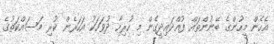
އެހެން މީހުންގެ ބޭނުންތައް ފުއްދައިދީގެން މި ހުރިހާ ދުވަހަކު އަހަރެން ކުރި މަސައްކަތުގެ